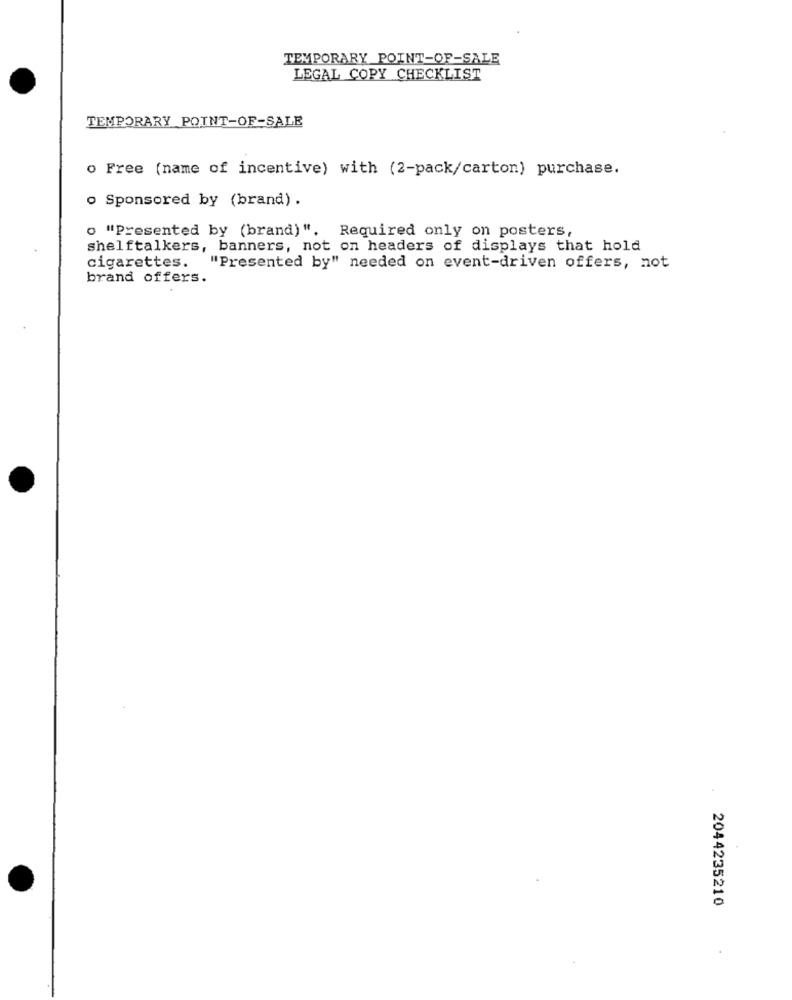
TEMPORARY POINT-OF-SALE
LEGAL COPY CHECKLIST
TEMPORARY POINT-OF-SALE
o Free (name of incentive) with (2-pack/carton) purchase.
o Sponsored by (brand) .
o "Presented by (brand)", Required only on posters,
shelftalkers, banners, not on headers of displays that hold
cigarettes. "Presented by" needed on event-driven offers, not
brand offers.
2044235210